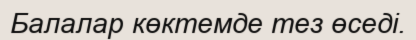
Балалар көктемде тез өседі.